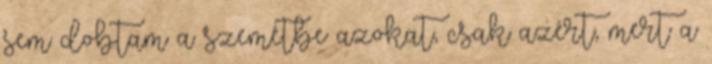
sem dobtam a szemétbe azokat, csak azért, mert a